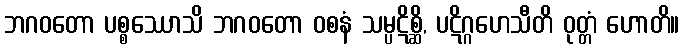
ဘဂဝတော ပစ္စဿောသိ ဘဂဝတော ဝစနံ သမ္ပဋိစ္ဆိ, ပဋိဂ္ဂဟေသီတိ ဝုတ္တံ ဟောတိ။